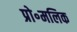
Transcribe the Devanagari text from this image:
प्रो॰मलिक